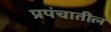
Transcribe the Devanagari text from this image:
प्रपंचातील